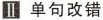
Ⅲ 单句改错